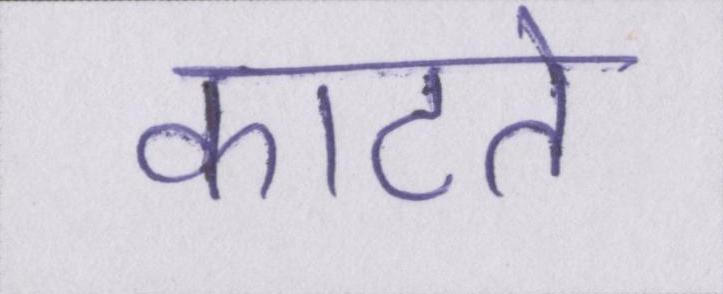
काटते